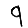
Digit: 9